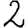
Digit: 2